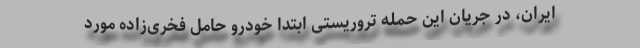
ایران، در جریان این حمله تروریستی ابتدا خودرو حامل فخری‌زاده مورد